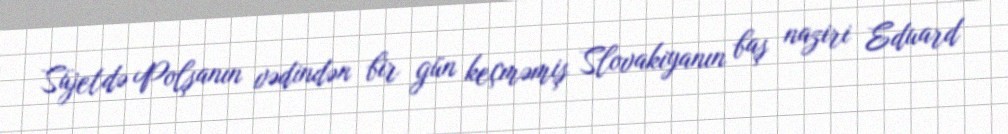
Süjetdə Polşanın vədindən bir gün keçməmiş Slovakiyanın baş naziri Eduard